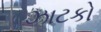
ઝાટકો